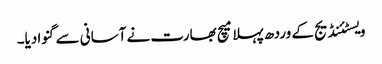
ویسٹئنڈیج کے وردھ پہلا میچ بھارت نے آسانی سے گنوا دیا۔